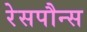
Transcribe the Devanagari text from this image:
रेसपौन्स